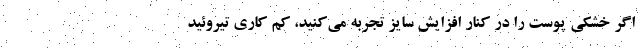
اگر خشکی پوست را در کنار افزایش سایز تجربه می‌کنید، کم کاری تیروئید